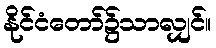
နိုင်ငံတော်၌သာလျှင်။